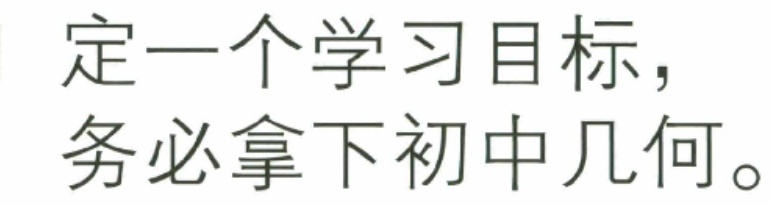
定一个学习目标，
务必拿下初中几何。